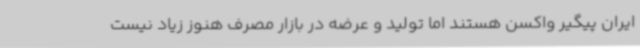
ایران پیگیر واکسن هستند اما تولید و عرضه در بازار مصرف هنوز زیاد نیست